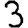
Digit: 3